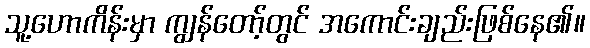
သူ့ဟောကိန်းမှာ ကျွန်တော့်တွင် အကောင်းချည်းဖြစ်နေ၏။